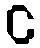
င